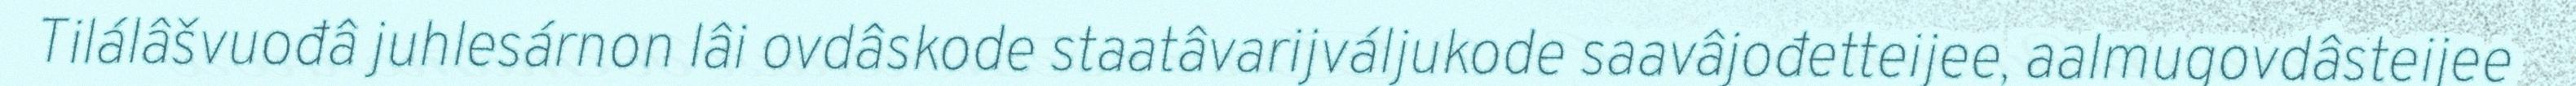
Tilálâšvuođâ juhlesárnon lâi ovdâskode staatâvarijváljukode saavâjođetteijee, aalmugovdâsteijee